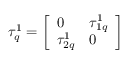
\tau _ { q } ^ { 1 } = \left[ \begin{array} { l l } { { 0 } } & { { \tau _ { 1 q } ^ { 1 } } } \\ { { \tau _ { 2 q } ^ { 1 } } } & { { 0 } } \end{array} \right]